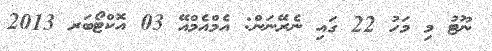
ނޫޓު މި މަހު 22 ގައި ނެރޭނަން: އެމްއެމްއޭ 03 އޮކްޓޯބަރ 2013